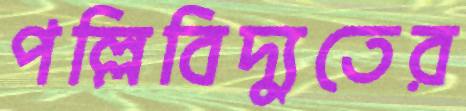
পল্লিবিদ্যুতের